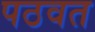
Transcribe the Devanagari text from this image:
पठवत